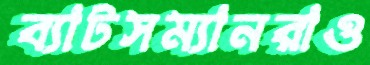
ব্যাটসম্যানরাও